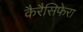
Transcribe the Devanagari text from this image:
कैरैसिफेरा